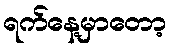
ရက်နေ့မှာတော့